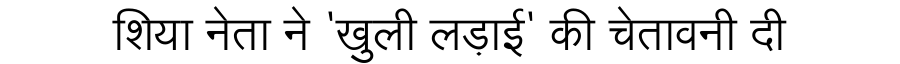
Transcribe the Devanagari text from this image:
शिया नेता ने 'खुली लड़ाई' की चेतावनी दी